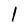
Character: l